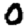
Digit: 0